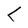
Character: L